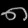
Digit: ၈